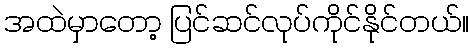
အထဲမှာတော့ ပြင်ဆင်လုပ်ကိုင်နိုင်တယ်။